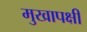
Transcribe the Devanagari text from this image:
मुखापक्षी